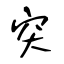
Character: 突